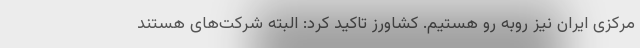
مرکزی ایران نیز روبه رو هستیم. کشاورز تاکید کرد: البته شرکت‌های هستند